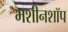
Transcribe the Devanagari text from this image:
मशीनशॉप